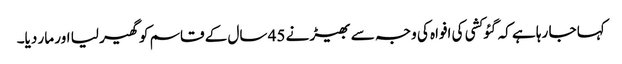
کہا جا رہا ہے کہ گئو کشی کی افواہ کی وجہ سے بھیڑ نے 45 سال کے قاسم کو گھیر لیا اور مار دیا۔